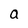
Character: a